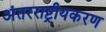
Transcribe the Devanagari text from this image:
अंतरराष्ट्रीयकरण